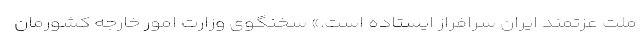
ملت عزتمند ایران سرافراز ایستاده است.» سخنگوی وزارت امور خارجه کشورمان